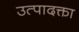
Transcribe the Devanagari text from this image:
उत्पादक्ता